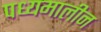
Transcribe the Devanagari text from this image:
पध्यमालीन